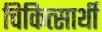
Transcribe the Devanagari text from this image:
चिकित्सार्थी